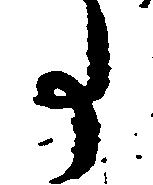
事